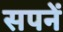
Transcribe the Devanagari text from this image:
सपनें